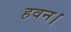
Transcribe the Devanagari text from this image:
हवन।